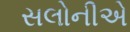
સલોનીએ